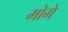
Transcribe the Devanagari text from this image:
मोगे